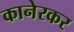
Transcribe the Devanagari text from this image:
कानेरकर